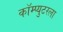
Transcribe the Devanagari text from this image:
कॉम्प्युटरला